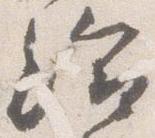
給